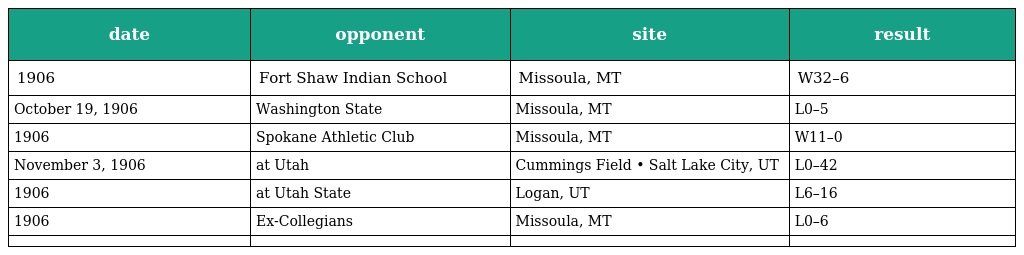
| date | opponent | site | result |
 | --- | --- | --- | --- |
 | 1906 | Fort Shaw Indian School | Missoula, MT | W32–6 |
 | October 19, 1906 | Washington State | Missoula, MT | L0–5 |
 | 1906 | Spokane Athletic Club | Missoula, MT | W11–0 |
 | November 3, 1906 | at Utah | Cummings Field • Salt Lake City, UT | L0–42 |
 | 1906 | at Utah State | Logan, UT | L6–16 |
 | 1906 | Ex-Collegians | Missoula, MT | L0–6 |
 |  |  |  |  |